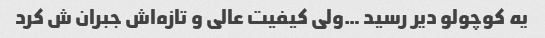
یه کوچولو دیر رسید …ولی کیفیت عالی و تازه‌اش جبران ش کرد